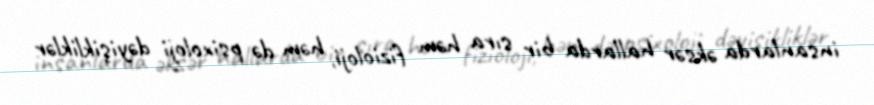
insanlarda əksər hallarda bir sıra həm fizioloji, həm də psixoloji dəyişikliklər